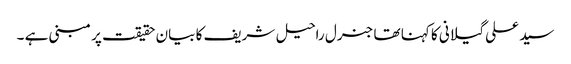
سید علی گیلانی کا کہنا تھا جنرل راحیل شریف کا بیان حقیقت پر مبنی ہے ۔